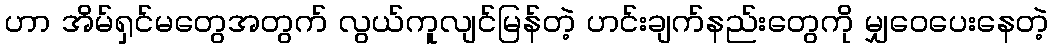
ဟာ အိမ်ရှင်မတွေအတွက် လွယ်ကူလျင်မြန်တဲ့ ဟင်းချက်နည်းတွေကို မျှဝေပေးနေတဲ့